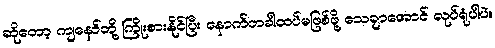
ဆိုတော့ ကျနော်တို့ ကြိုးစားနိုင်ပြီး နောက်တခါထပ်မဖြစ်ဖို့ သေချာအောင် လုပ်ရုံပါပဲ။